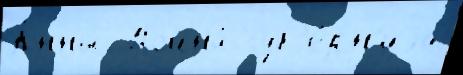
А́нны  Война́ губ'е́рн'иjа